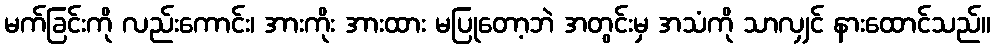
မက်ခြင်းကို လည်းကောင်း၊ အားကိုး အားထား မပြုတော့ဘဲ အတွင်းမှ အသံကို သာလျှင် နားထောင်သည်။